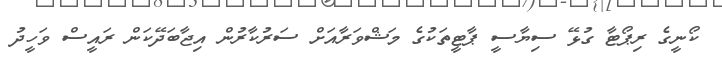
ކޯނީގެ ރިޕޯޓާ ގުޅޭ ސިޔާސީ ޕާޓީތަކުގެ މަޝްވަރާއަށް ސަރުކާރުން އިޖާބަދޭކަން ރައީސް ވަހީދު